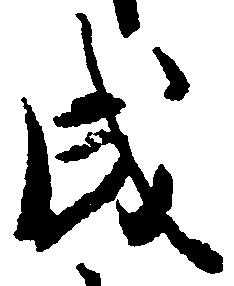
成